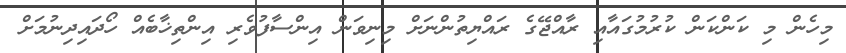
މިހެން މި ކަންކަން ކުރުމުގައާއި ރާއްޖޭގެ ރައްޔިތުންނަށް މިނިވަން އިންސާފުވެރި އިންތިޚާބެއް ހޯދައިދިނުމަށް